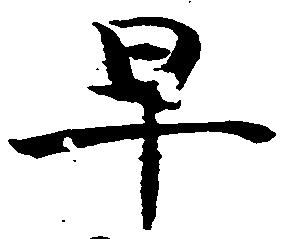
早